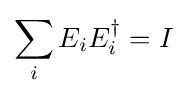
\sum _{i}E_{i}E_{i}^{\dagger }=I